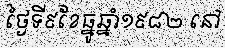
ថ្ងៃទី៩ខែធ្នូឆ្នាំ១៩៨២ នៅ